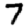
Digit: 7